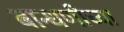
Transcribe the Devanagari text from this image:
बान्धणीच्या